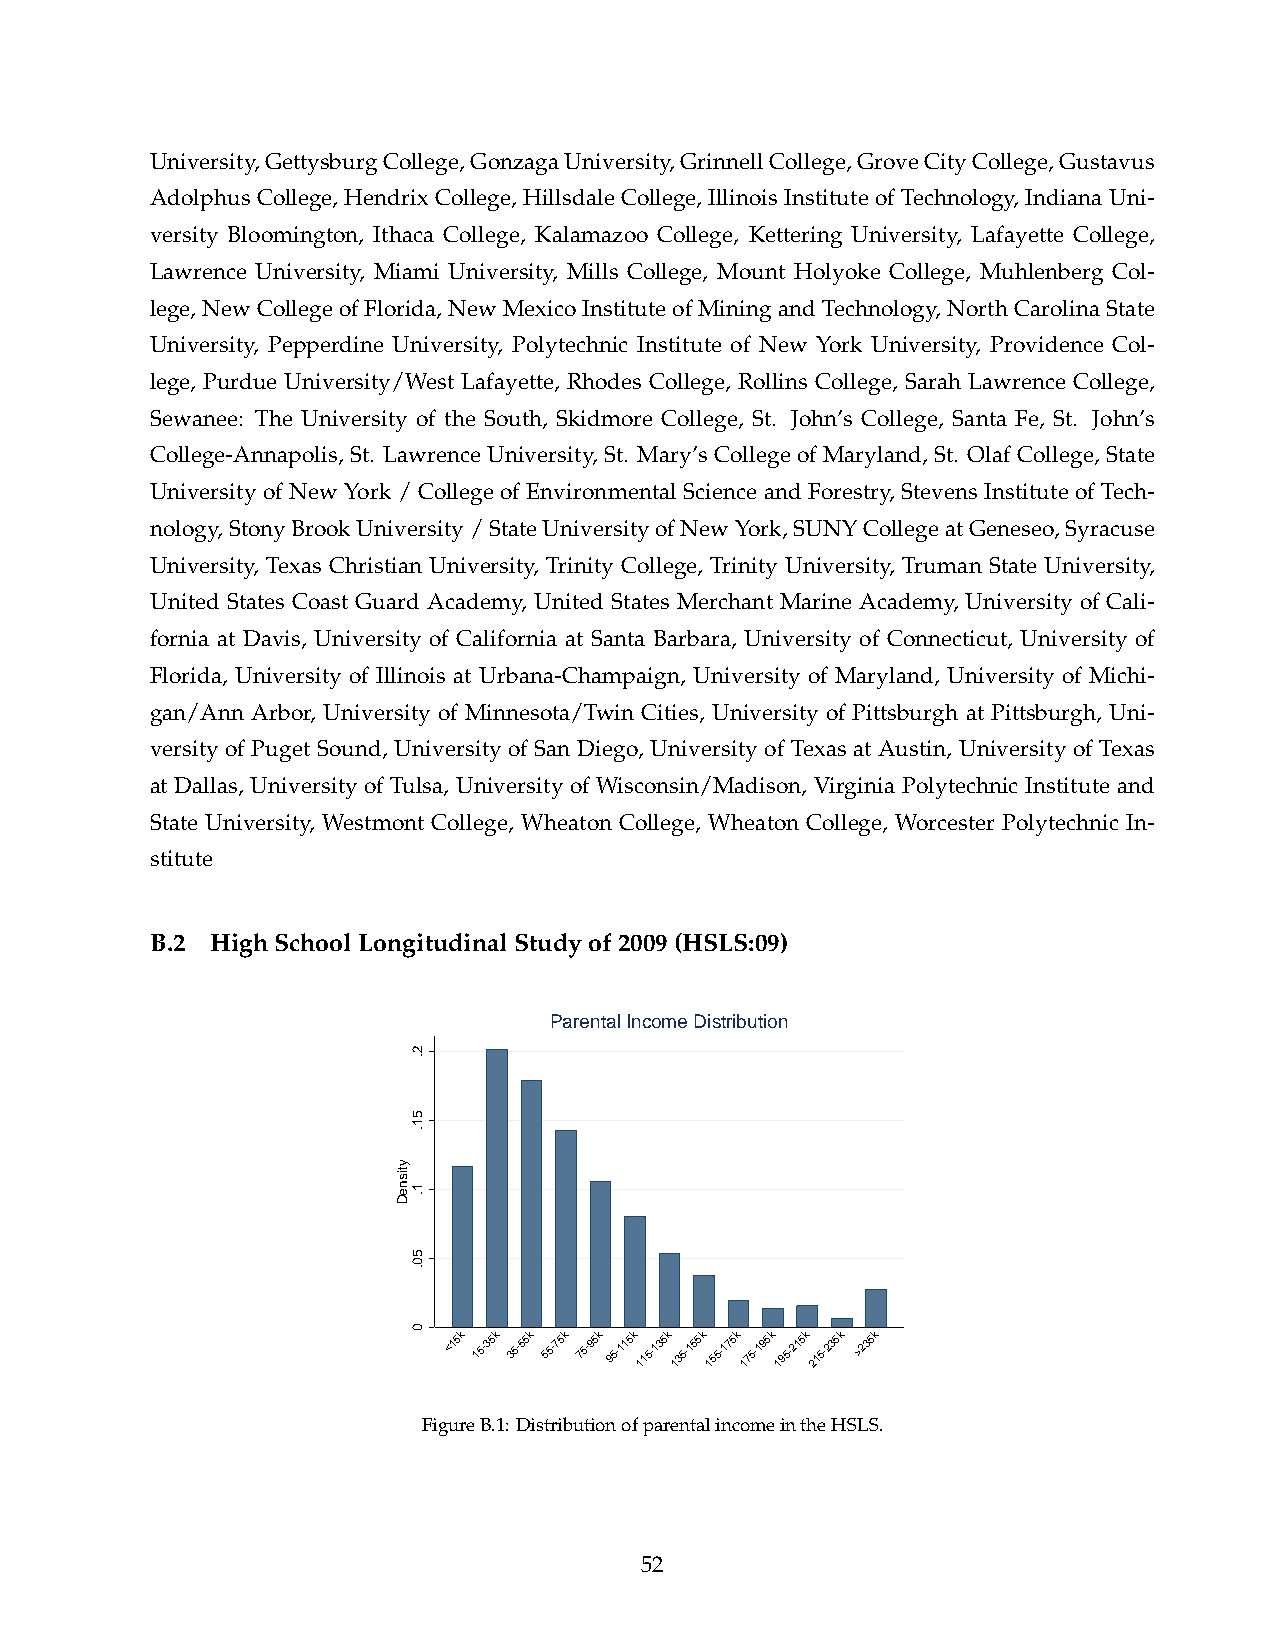
University,GettysburgCollege,GonzagaUniversity,GrinnellCollege,GroveCityCollege,Gustavus
 AdolphusCollege, HendrixCollege, HillsdaleCollege, IllinoisInstituteofTechnology, IndianaUni-
 versity Bloomington, Ithaca College, Kalamazoo College, Kettering University, Lafayette College,
 Lawrence University, Miami University, Mills College, Mount Holyoke College, Muhlenberg Col-
 lege,NewCollegeofFlorida,NewMexicoInstituteofMiningandTechnology,NorthCarolinaState
 University, Pepperdine University, Polytechnic Institute of New York University, Providence Col-
 lege, Purdue University/West Lafayette, Rhodes College, Rollins College, Sarah Lawrence College,
 Sewanee: The University of the South, Skidmore College, St. John’s College, Santa Fe, St. John’s
 College-Annapolis, St. LawrenceUniversity, St. Mary’sCollegeofMaryland, St. OlafCollege, State
 University of New York / College of Environmental Science and Forestry, Stevens Institute of Tech-
 nology,StonyBrookUniversity/StateUniversityofNewYork,SUNYCollegeatGeneseo,Syracuse
 University, Texas Christian University, Trinity College, Trinity University, Truman State University,
 United States Coast Guard Academy, United States Merchant Marine Academy, University of Cali-
 fornia at Davis, University of California at Santa Barbara, University of Connecticut, University of
 Florida, University of Illinois at Urbana-Champaign, University of Maryland, University of Michi-
 gan/Ann Arbor, University of Minnesota/Twin Cities, University of Pittsburgh at Pittsburgh, Uni-
 versity of Puget Sound, University of San Diego, University of Texas at Austin, University of Texas
 at Dallas, University of Tulsa, University of Wisconsin/Madison, Virginia Polytechnic Institute and
 State University, Westmont College, Wheaton College, Wheaton College, Worcester Polytechnic In-
 stitute
 B.2 HighSchoolLongitudinalStudyof2009(HSLS:09)
 Parental Income Distribution
 <15k 15-35k 35-55k 55-75k 75-95k 95-115k 115-135k 135-155k 155-175k 175-195k 195-215k 215-235k >235k
 FigureB.1:DistributionofparentalincomeintheHSLS.
 52
 ytisneD
 2.
 51.
 1.
 50.
 0